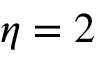
\eta = 2